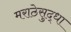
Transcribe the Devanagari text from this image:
मराठेसुद्धा